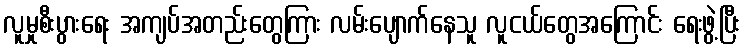
လူမှုစီးပွားရေး အကျပ်အတည်းတွေကြား လမ်းပျောက်နေသူ လူငယ်တွေအကြောင်း ရေးဖွဲ့ပြီး